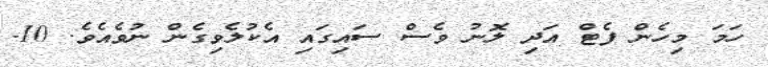
ހަމަ މިހެން ފެޓް އަދި ލޮނު ވެސް ސައިގައި އެކުލެވިގެން ނުވެއެވެ. 10-